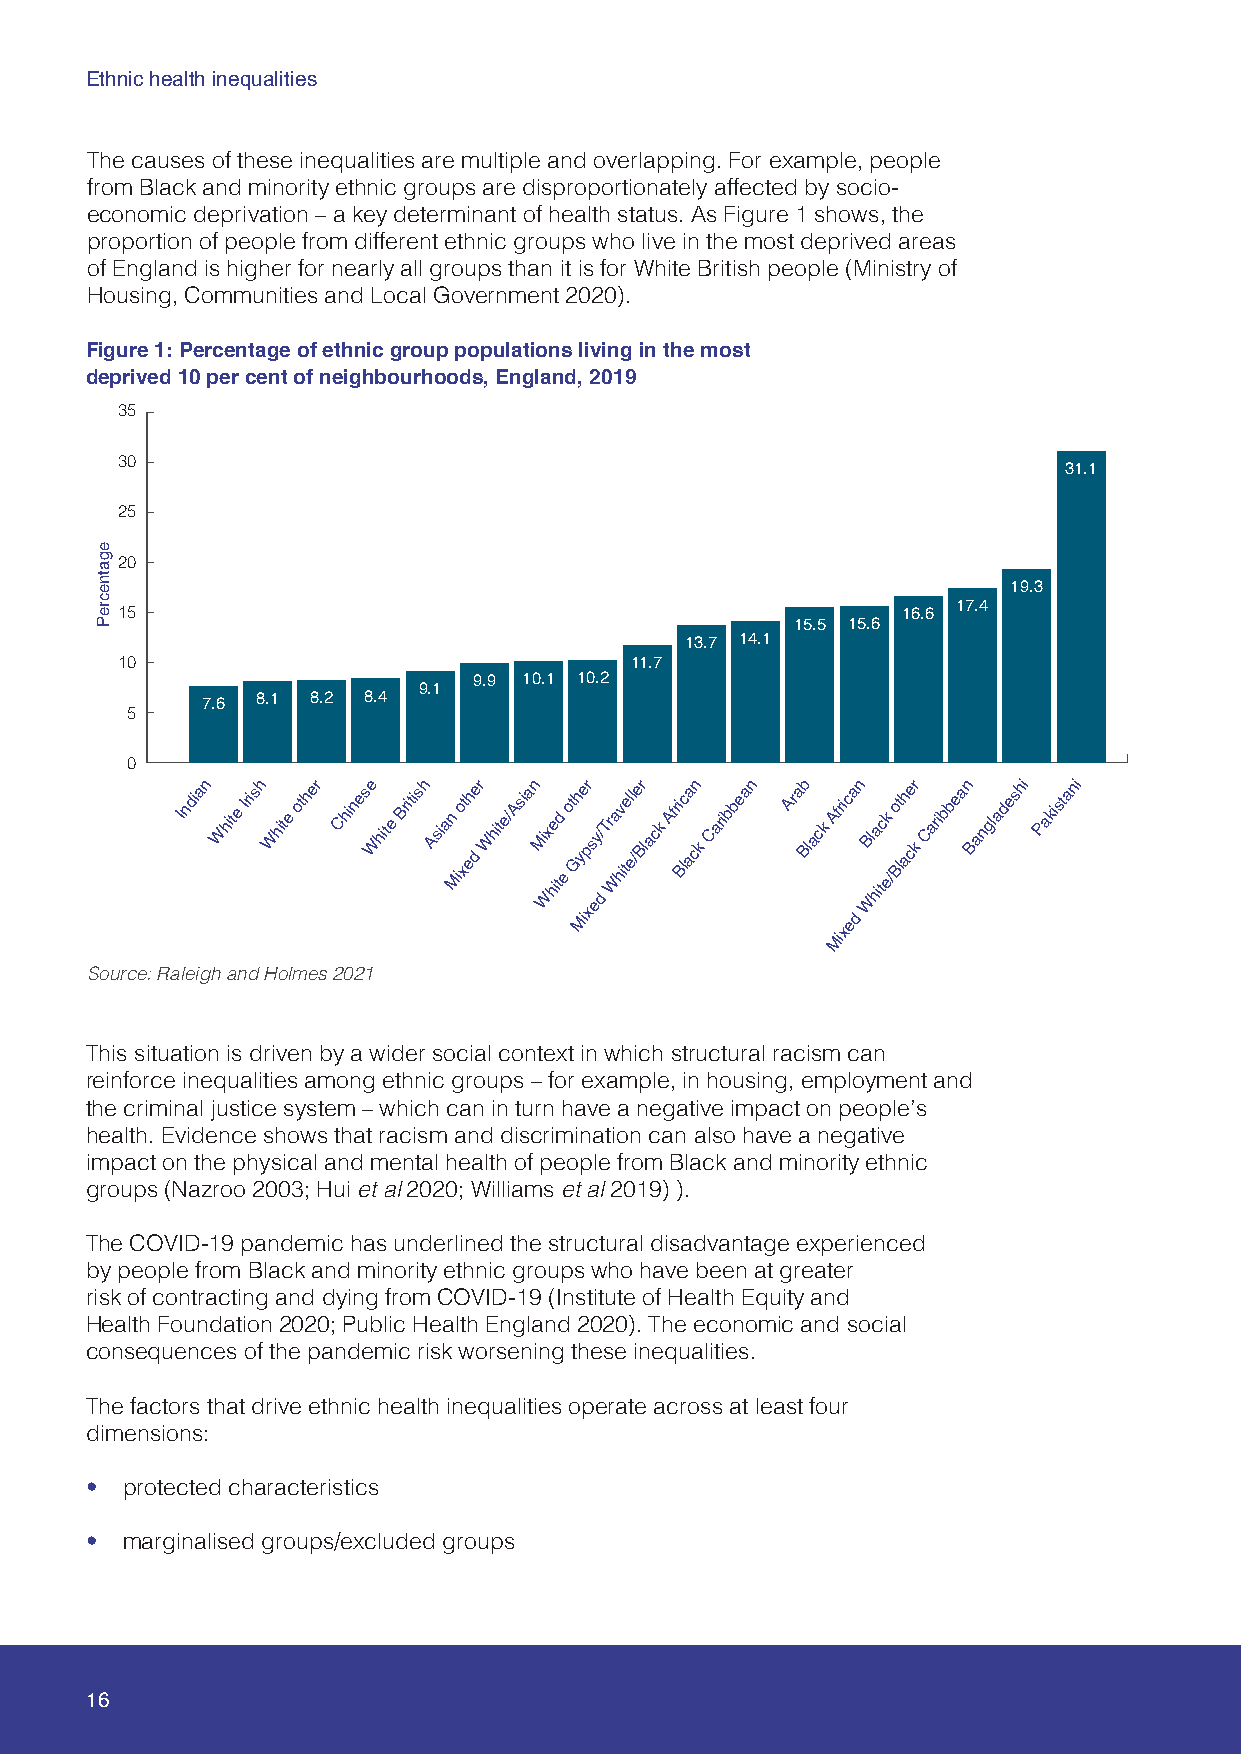
Ethnic health inequalities
 The causes of these inequalities are multiple and overlapping. For example, people
 from Black and minority ethnic groups are disproportionately affected by socio-
 economic deprivation – a key determinant of health status. As Figure 1 shows, the
 proportion of people from different ethnic groups who live in the most deprived areas
 of England is higher for nearly all groups than it is for White British people (Ministry of
 Housing, Communities and Local Government 2020).
 Figure 1: Percentage of ethnic group populations living in the most
 deprived 10 per cent of neighbourhoods, England, 2019
 35
 30
 31.1
 25
 20
 19.3
 15                                                  16.6 17.4
 15.5 15.6
 13.7 14.1
 10                                11.7
 9.9 10.1 10.2
 9.1
 7.6 8.1 8.2 8.4
 5
 0
 Indian White Irish White other Chinese White British Asian Mio xt eh de r White/Asian Mi Wx he itd
 e
 ot Gh ye pr s ey/
 d
 Tr Wa hv itel el /e Br lack Afri Blc aa cn k Caribbean Arab Black African B Wl ha itc ek
 /
 o Blt ah cer k Caribbean Bangladeshi Pakistani
 Mix               ed
 x
 Mi
 Source: Raleigh and Holmes 2021
 This situation is driven by a wider social context in which structural racism can
 reinforce inequalities among ethnic groups – for example, in housing, employment and
 the criminal justice system – which can in turn have a negative impact on people’s
 health. Evidence shows that racism and discrimination can also have a negative
 impact on the physical and mental health of people from Black and minority ethnic
 groups (Nazroo 2003; Hui et al 2020; Williams et al 2019) ).
 The COVID-19 pandemic has underlined the structural disadvantage experienced
 by people from Black and minority ethnic groups who have been at greater
 risk of contracting and dying from COVID-19 (Institute of Health Equity and
 Health Foundation 2020; Public Health England 2020). The economic and social
 consequences of the pandemic risk worsening these inequalities.
 The factors that drive ethnic health inequalities operate across at least four
 dimensions:
 • protected characteristics
 • marginalised groups/excluded groups
 16
 egatnecreP